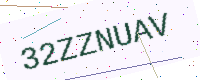
Text: 32ZZNUAV